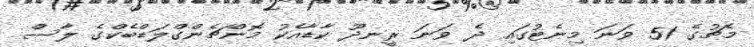
މެޗުގެ 51 ވަނަ މިނެޓުގައި ދެ ވަނަ ރީނދޫ ކާޑާއެކު މޮންޗެންގްލަޑްބެކްގެ ލާސް